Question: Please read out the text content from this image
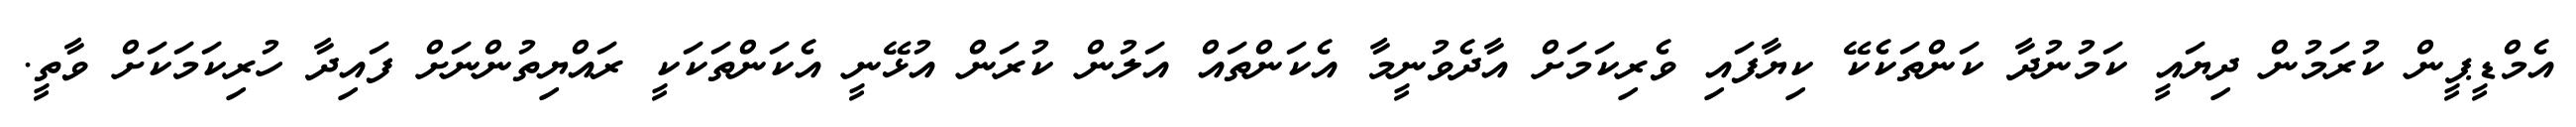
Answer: އެމްޑީޕީން ކުރަމުން ދިޔައީ ކަމުނުދާ ކަންތަކެކޭ ކިޔާފައި ވެރިކަމަށް އާދެވުނީމާ އެކަންތައް އަލުން ކުރަން އުޅޭނީ އެކަންތަކަކީ ރައްޔިތުންނަށް ފައިދާ ހުރިކަމަކަށް ވާތީ.